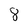
Character: 8